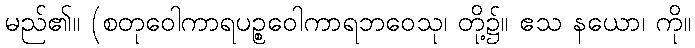
မည်၏။ (စတုဝေါကာရပဉ္စဝေါကာရဘဝေသု၊ တို့၌။ ဧသ နယော၊ ကို။